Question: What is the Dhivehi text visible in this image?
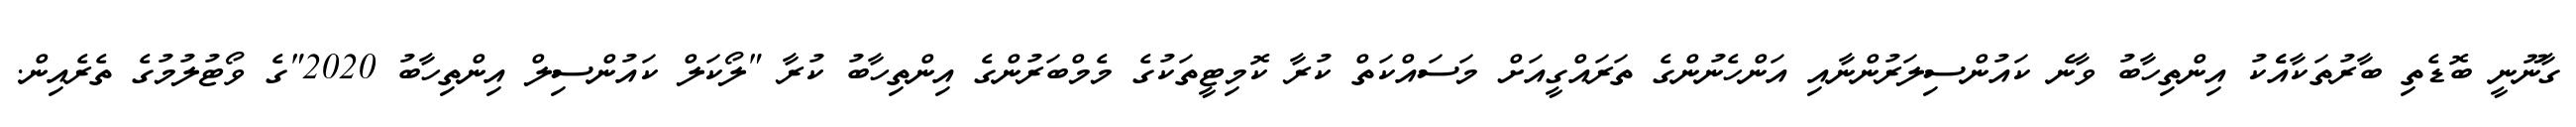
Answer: ގާނޫނީ ބޮޑެތި ބާރުތަކާއެެކު އިންތިހާބު ވާނެ ކައުންސިލަރުންނާއި އަންހެނުންގެ ތަރައްގީއަށް މަސައްކަތް ކުރާ ކޮމިޓީތަކުގެ މެމްބަރުންގެ އިންތިހާބު ކުރާ "ލޯކަލް ކައުންސިލް އިންތިހާބު 2020"ގެ ވޯޓުލުމުގެ ތެރެއިން.